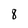
Character: 8